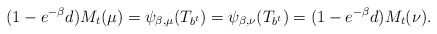
\begin{align*}(1-e^{-\beta}d)M_t(\mu)=\psi_{\beta,\mu}(T_{b^t})=\psi_{\beta,\nu}(T_{b^t})=(1-e^{-\beta}d)M_t(\nu).\end{align*}